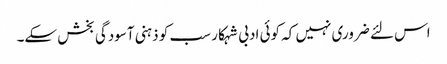
اس لئے ضروری نہیں کہ کوئی ادبی شہکار سب کو ذہنی آسودگی بخش سکے۔